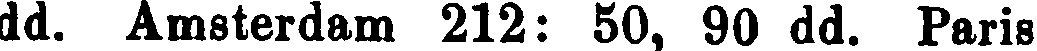
dd. Amsterdam 212: 50, 90 dd. Paris